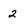
Character: 2